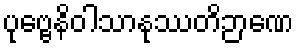
ပုဗ္ဗေနိဝါသာနုဿတိဉာဏေ